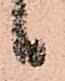
候